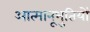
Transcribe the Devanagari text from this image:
आत्मानूभुतियों